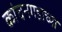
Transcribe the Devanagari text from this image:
कांचनगडाच्या